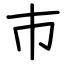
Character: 巿